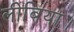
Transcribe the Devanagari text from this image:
लीबिया।